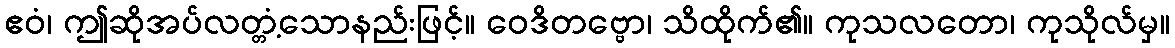
ဧဝံ၊ ဤဆိုအပ်လတ္တံ့သောနည်းဖြင့်။ ဝေဒိတဗ္ဗော၊ သိထိုက်၏။ ကုသလတော၊ ကုသိုလ်မှ။